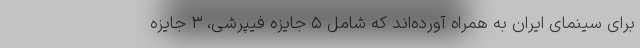
برای سینمای ایران به همراه آورده‌اند که شامل ۵ جایزه فیپرشی، ۳ جایزه